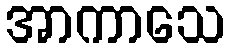
အာကာသေ